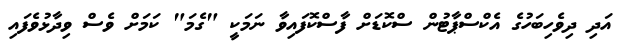
އަދި ދިވެހިބަހުގެ އެކްސްޕާޓުން ސްކޮޑަށް ފާސްކޮފައިވާ ނަމަކީ "ގެމަ" ކަމަށް ވެސް ވިދާޅުވެފައި